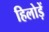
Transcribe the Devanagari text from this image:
हिलोड़ें